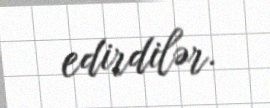
edirdilər.